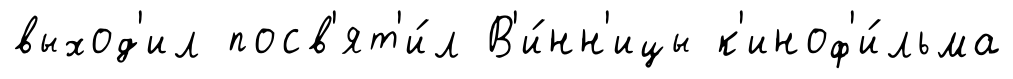
выход'ил посв'ят'и́л В'и́нн'ицы к'иноф'и́льма